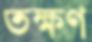
তক্ষণ